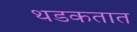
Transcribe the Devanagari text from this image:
थडकतात